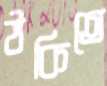
ঠকিতে